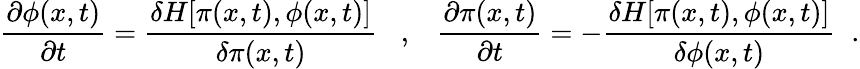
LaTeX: \frac{\partial\phi(x,t)}{\partial t}=\frac{\delta H[\pi(x,t),\phi(x,t)]}{\delta\pi(x,t)}\; \; \; ,\; \; \; \frac{\partial\pi(x,t)}{\partial t}=-\frac{\delta H[\pi(x,t),\phi(x,t)]}{\delta\phi(x,t)}\; \; .